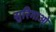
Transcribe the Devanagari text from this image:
सुरिगाओ